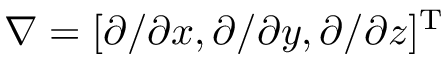
\nabla = [ \partial / \partial x , \partial / \partial y , \partial / \partial z ] ^ { \mathrm { T } }